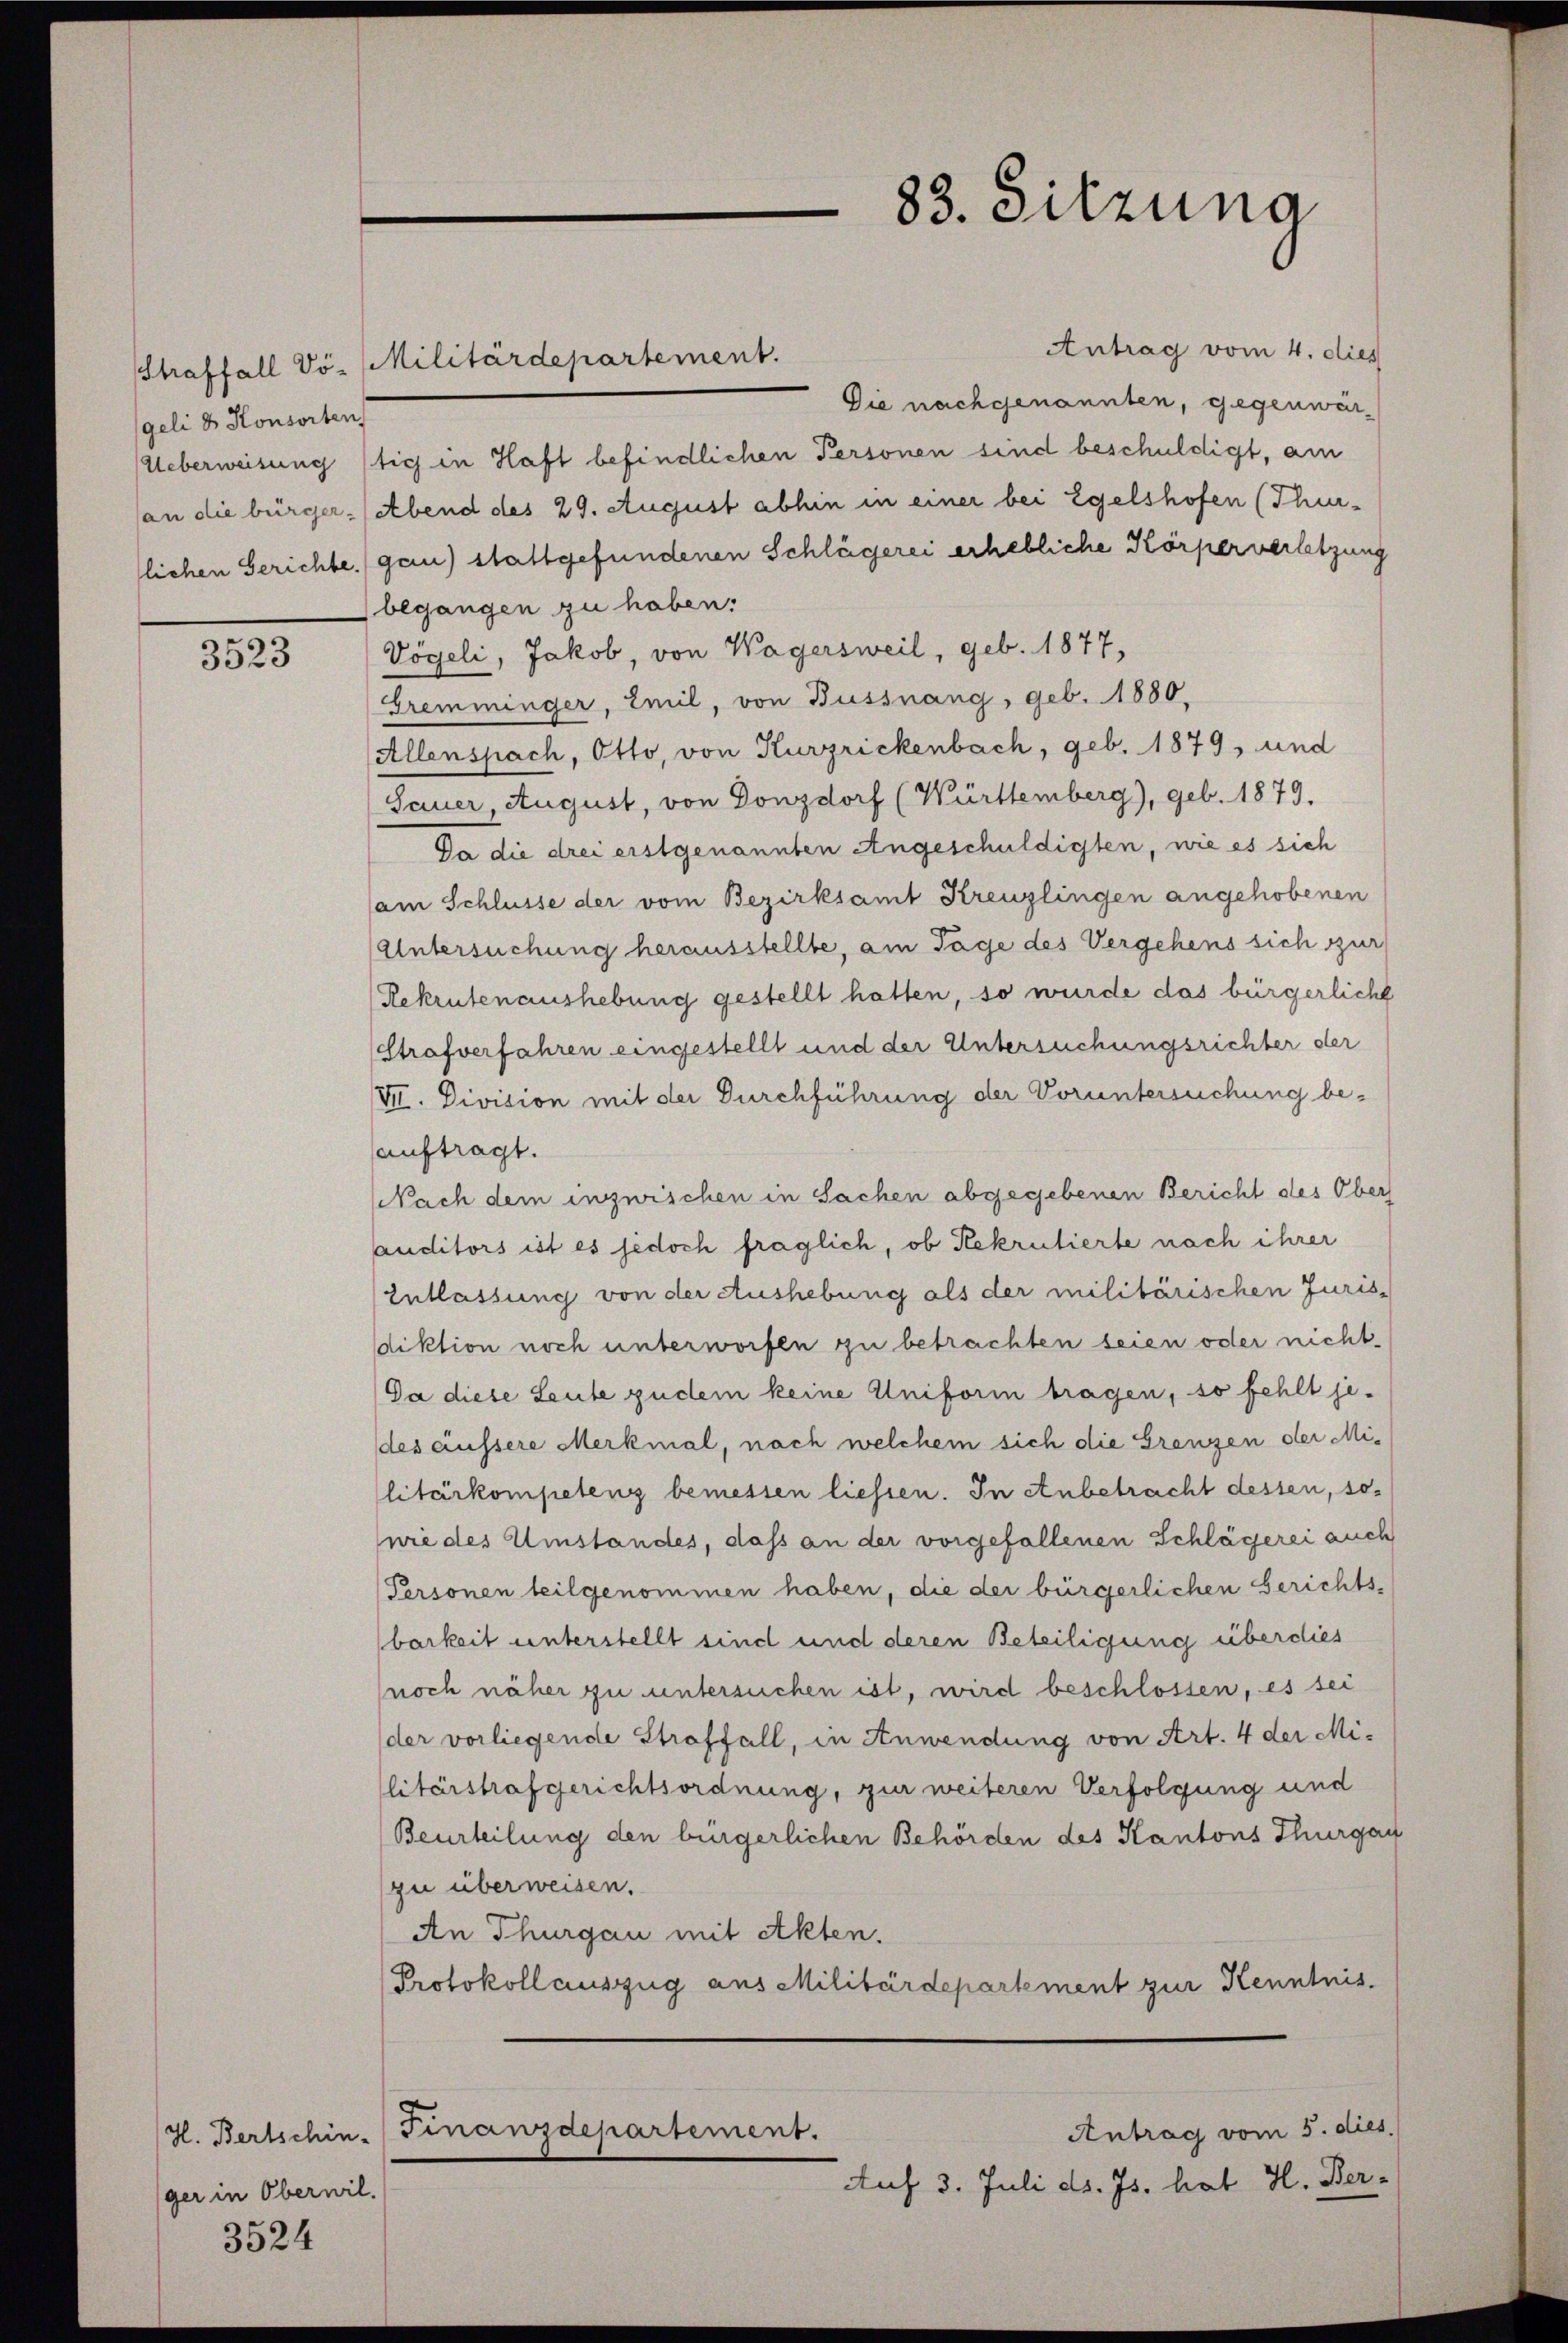
geli d. Konsorten
lichen Gerichte.

3523

ger in Oberwil.

3524

Antrag vom 4. dies
Straffall Vö- Militärdepartement.
Die nachgenannten, gegenwär¬
Ueberweisung stich in Haft befindlichen Personen sind beschuldigt, am
(an die bürger (Abend des 29. August abhin in einer bei Egelshofen (Thur-
gan) stattgefundenen Schlägerei erhebliche Körperverletzung
begangen zu haben.
Vögeli, Jakob, von Wagersweil, geb. 1877,
Gremminger, Emil, von Bussnang, geb. 1880.
Allenspach, Otto, von Kurzrickenbach, geb. 1879, und
Sauer, August, von Donzdorf (Württemberg), geb. 1879.
Da die drei erstgenannten Angeschuldigten, wie es sich
am Schlüsse der vom Bezirksamt Kreuzlingen angehobenen
Untersuchung herausstellte, am Tage des Vergehens sich zur
Rekrutenaushebung gestellt hatten, so wurde das bürgerliche
Strafverfahren eingestellt und der Untersuchungsrichter der
VII. Division mit der Durchführung der Voruntersuchung beauftragt.
Nach dem inzwischen in Sachen abgegebenen Bericht des Obers
auditors ist es jedoch fraglich, ob Rekrutierte nach ihrer
Entlassung von der Aushebung als der militärischen Jurisdiktion noch unterworfen zu betrachten seien oder nicht
Da diese Leute zudem keine Uniform tragen, so fehlt je-
(des äussere Merkmal, nach welchem sich die Grenzen der Militärkompetenz bemessen liessen. In Anbetracht dessen, sowie des Umstandes, dass an der vorgefallenen Schlägerei auch
(Personen teilgenommen haben, die der bürgerlichen Gerichts-
barkeit unterstellt sind und deren Beteiligung überdies
noch näher zu untersuchen ist, wird beschlossen, es sei
der vorliegende Straffall, in Anwendung von Art. 4 der Militärstrafgerichtsordnung, zur weiteren Verfolgung und
Beurteilung den bürgerlichen Behörden des Kantons Thurgau
(zu überweisen.
An Thurgau mit Akten.
Protokollauszug aus Militärdepartement zur Kenntnis.
Antrag vom 5. dies.
H. Bertschin. Finanzdepartement.
Auf 3. Juli d. Js. hat H. Ber-

83. Sitzung